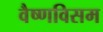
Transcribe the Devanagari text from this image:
वैष्णविसम